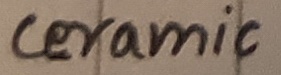
Text: ceramic